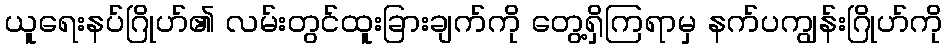
ယူရေးနပ်ဂြိုဟ်၏ လမ်းတွင်ထူးခြားချက်ကို တွေ့ရှိကြရာမှ နက်ပကျွန်းဂြိုဟ်ကို